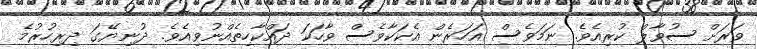
ވަރަށް ސުވާލް ކުރިއެވެ. ނަމަވެސް އަހަރެން އެކަކާވެސް ވާހަކަ ދައްކާހިތެއްނުވިއެވެ. ދުނިޔޭގަ ދިރިހުރުމެ